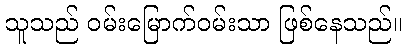
သူသည် ဝမ်းမြောက်ဝမ်းသာ ဖြစ်နေသည်။